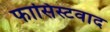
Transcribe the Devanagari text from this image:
फासिस्टवाद